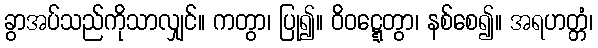
ခွာအပ်သည်ကိုသာလျှင်။ ကတွာ၊ ပြု၍။ ဝိဝဋ္ဋေတွာ၊ နစ်စေ၍။ အရဟတ္တံ၊